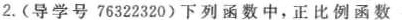
2.(导学号76322320)下列函数中，正比例函数